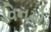
વિનમોર